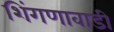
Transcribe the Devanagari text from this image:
शिंगणावाडी